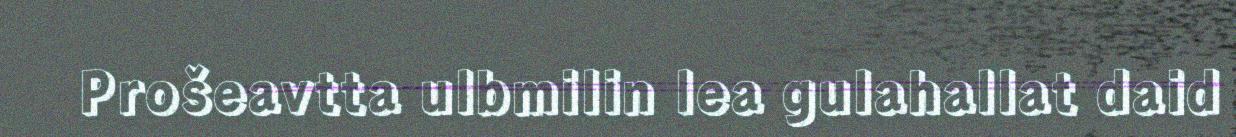
Prošeavtta ulbmilin lea gulahallat daid